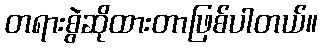
တရားစွဲဆိုထားတာဖြစ်ပါတယ်။